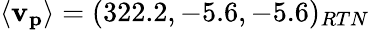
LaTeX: \mathbf{\langle v_{p}\rangle}=(322.2,-5.6,-5.6)_{RTN}